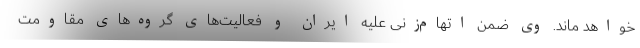
خواهد ماند. وی ضمن اتهام‌زنی علیه ایران و فعالیت‌های گروه‌های مقاومت